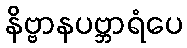
နိဗ္ဗာနပဗ္ဘာရံပေ